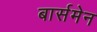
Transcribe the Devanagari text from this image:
बार्समेन